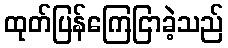
ထုတ်ပြန်ကြေငြာခဲ့သည်